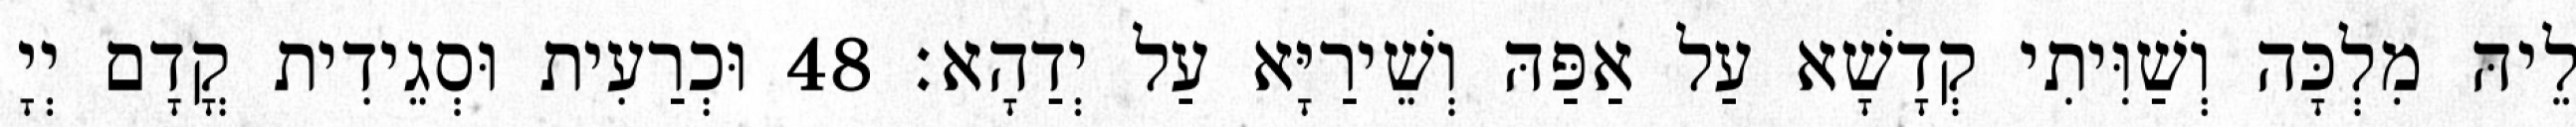
לֵיהּ מִלְכָּה וְשַׁוִּיתִי קְדָשָׁא עַל אַפַּהּ וְשֵׁירַיָּא עַל יְדַהָא׃ 48 וּכְרַעִית וּסְגֵידִית קֳדָם יְיָ